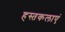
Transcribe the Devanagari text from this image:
हस्तकलाएं